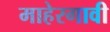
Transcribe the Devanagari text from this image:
माहेरगावी